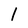
Character: l